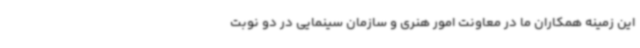
این زمینه همکاران ما در معاونت امور هنری و سازمان سینمایی در دو نوبت